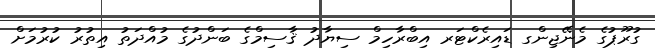
ގުރޫޕުގެ މެނޭޖިންގ ޑައިރެކްޓަރ އިބްރާހިމް ސިޔާދު ޤާސިމްގެ ބަންދުގެ މުއްދަތު އިތުރު ކުރުމަށް